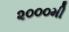
૨૦૦૦મી